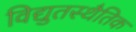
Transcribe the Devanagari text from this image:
विद्युतस्थैतिक